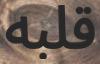
قلبه